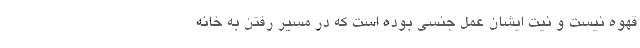
قهوه نیست و نیت ایشان عمل جنسی بوده است که در مسیر رفتن به‌ خانه